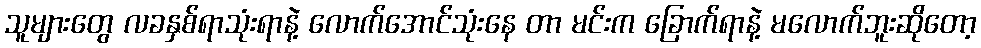
သူများတွေ လခနှစ်ရာသုံးရာနဲ့ လောက်အောင်သုံးနေ တာ မင်းက ခြောက်ရာနဲ့ မလောက်ဘူးဆိုတော့